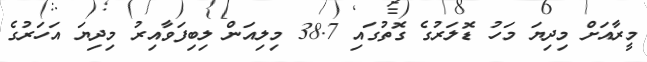
މީރާއަށް މިދިޔަ މަހު ޑޮލަރުގެ ގޮތުގައި 38.7 މިލިއަން ލިބިފަވާއިރު މިދިޔަ އަހަރުގެ